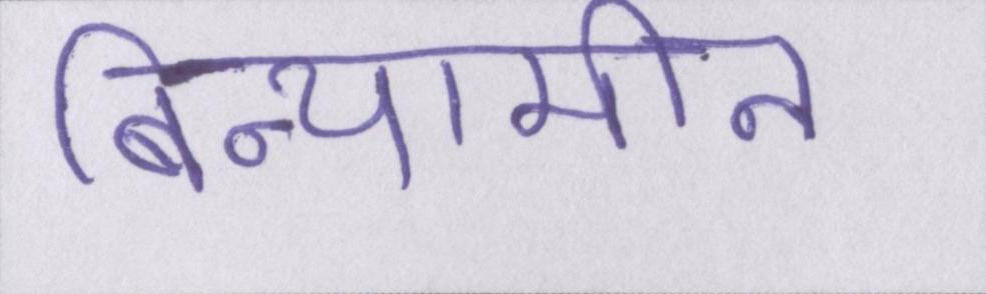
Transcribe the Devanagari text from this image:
बिन्यामीन